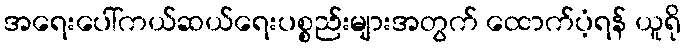
အရေးပေါ်ကယ်ဆယ်ရေးပစ္စည်းများအတွက် ထောက်ပံ့ရန် ယူရို